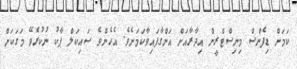
ކަމަށް ޑިފެންސް މިނިސްޓްރީން އިދާރާއަށް އަންގާފައިވާކަމަށެވެ. އެހެންވެ ސައިކަލް ޕާކު ނުކުރެވޭ މަގަކަށް